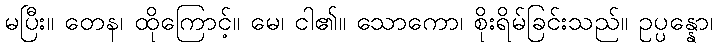
မပြီး။ တေန၊ ထိုကြောင့်။ မေ၊ ငါ၏။ သောကော၊ စိုးရိမ်ခြင်းသည်။ ဥပ္ပန္နော၊